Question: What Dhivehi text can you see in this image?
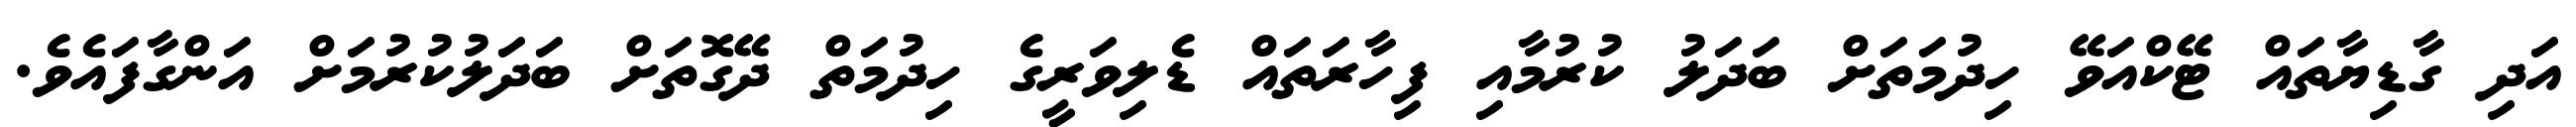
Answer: އަދި ގާޑިޔާތައް ޓޭކްއަވޭ ހިދުމަތަށް ބަދަލު ކުރުމާއި ފިހާރަތައް ޑެލިވަރީގެ ހިދުމަތް ދޭގޮތަށް ބަދަލުކުރުމަށް އަންގާފައެވެ.